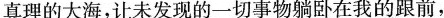
真理的大海，让未发现的一切事物躺卧在我的跟前，